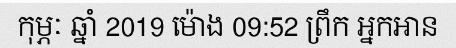
កុម្ភៈ ឆ្នាំ 2019 ម៉ោង 09:52 ព្រឹក អ្នកអាន